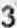
3